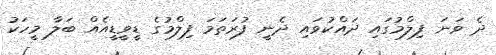
ދެ ވަނަ ފިލްމުގައި ދައްކުވައި ދެނީ ފުރަތަމަ ފިލްމުގެ ޑީވީޑީއެއް ބަލާ މީހަކު